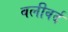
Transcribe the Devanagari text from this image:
बलीवर्द